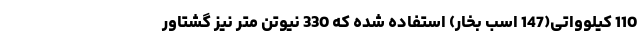
110 کیلوواتی(147 اسب بخار) استفاده شده که 330 نیوتن متر نیز گشتاور